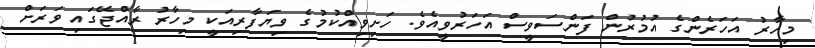
މިހާރު އަހަރެންގެ އުމުރުން ފަންސަވީސް އަހަރުވީއެވެ. ހަށިވިއްކުމުގެ ވިޔަފާރިއަކީ މިހާރު ރާއްޖޭގައި ވަރަށް